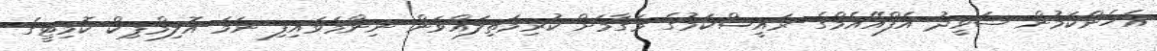
އެހެންކަމުން ޝަވީދު އެފްއޭއެމްގެ ރައީސްކަމުގެ މަގާމަށް ކުރިމަތިލައްވަން ނިންމަވައިފި ނަމަ އޮލިމްޕިކް ކޮމިޓީގެ